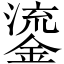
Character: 鎏